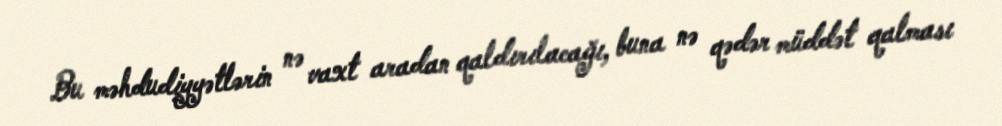
Bu məhdudiyyətlərin nə vaxt aradan qaldırılacağı, buna nə qədər müddət qalması